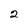
Character: 2